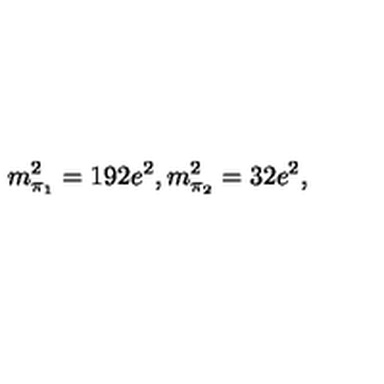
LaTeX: m _ { \pi _ { 1 } } ^ { 2 } = 1 9 2 e ^ { 2 } , m _ { \pi _ { 2 } } ^ { 2 } = 3 2 e ^ { 2 } ,